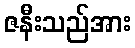
ဇနီးသည်အား